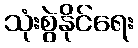
သုံးစွဲနိုင်ရေး